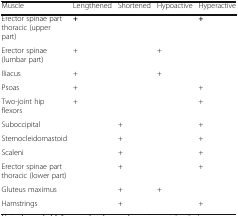
<table><thead><tr><td><b>Muscle</b></td><td><b>Lengthened</b></td><td><b>Shortened</b></td><td><b>Hypoactive</b></td><td><b>Hyperactive</b></td></tr></thead><tbody><tr><td>Erector spinae part thoracic (upper part)</td><td><b>+</b></td><td></td><td></td><td><b>+</b></td></tr><tr><td>Erector spinae (lumbar part)</td><td>+</td><td></td><td>+</td><td></td></tr><tr><td>Iliacus</td><td>+</td><td></td><td>+</td><td></td></tr><tr><td>Psoas</td><td>+</td><td></td><td></td><td>+</td></tr><tr><td>Two-joint hip flexors</td><td>+</td><td></td><td></td><td>+</td></tr><tr><td>Suboccipital</td><td></td><td>+</td><td></td><td>+</td></tr><tr><td>Sternocleidomastoid</td><td></td><td>+</td><td></td><td>+</td></tr><tr><td>Scaleni</td><td></td><td>+</td><td></td><td>+</td></tr><tr><td>Erector spinae part thoracic (lower part)</td><td></td><td>+</td><td></td><td>+</td></tr><tr><td>Gluteus maximus</td><td></td><td>+</td><td>+</td><td></td></tr><tr><td>Hamstrings</td><td></td><td>+</td><td></td><td>+</td></tr></tbody></table>